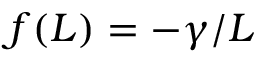
f ( L ) = - \gamma / L